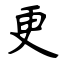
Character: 更